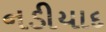
નડીયાદ